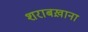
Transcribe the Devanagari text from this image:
शराबख़ाना